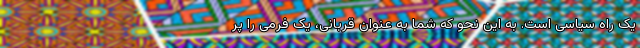
یک راه سیاسی است. به این نحو که شما به عنوان قربانی، یک فرمی را پر